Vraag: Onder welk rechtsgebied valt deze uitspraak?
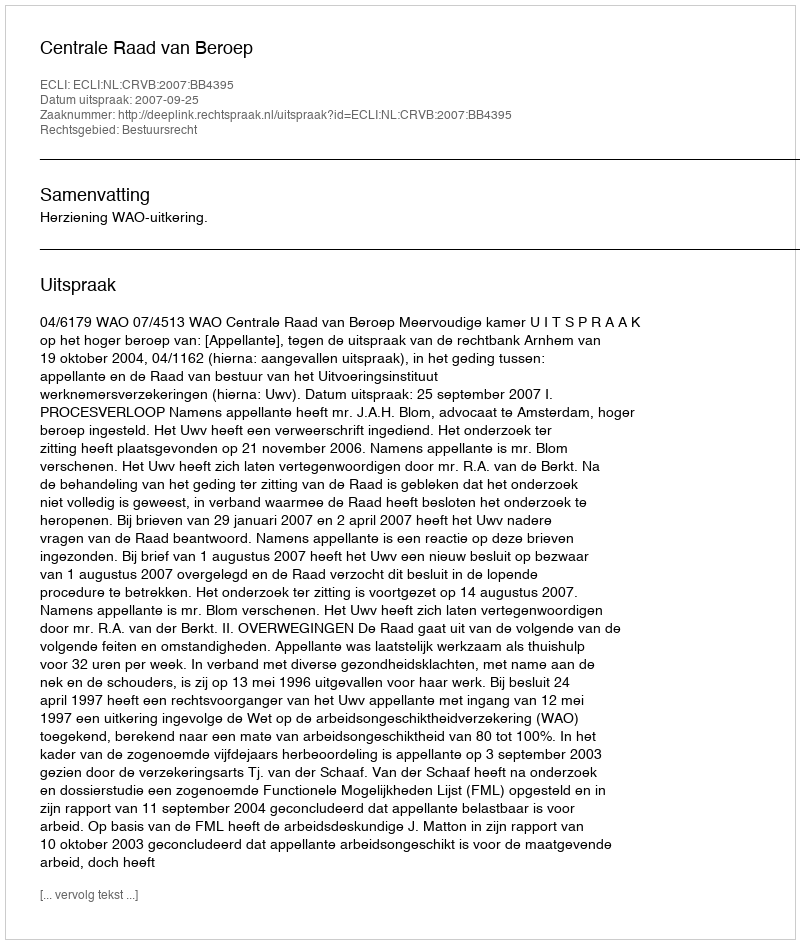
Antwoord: Bestuursrecht